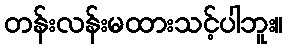
တန်းလန်းမထားသင့်ပါဘူး။